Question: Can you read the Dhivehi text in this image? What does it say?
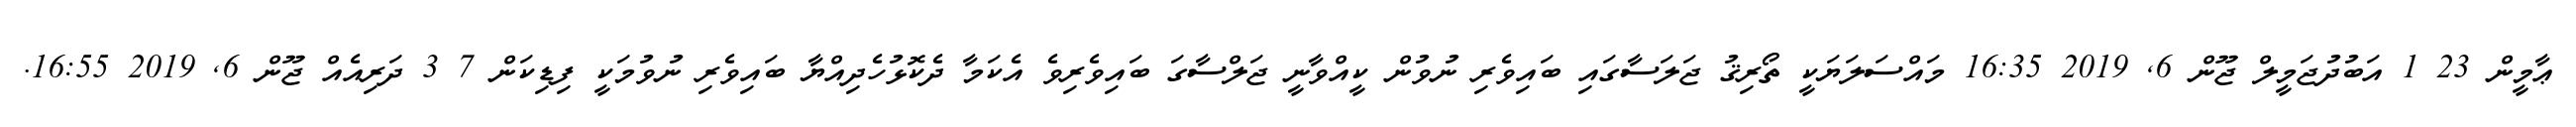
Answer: ޢާމީން 23 1 އަބުދުޖަމީލް ޖޫން 6, 2019 16:35 މައްސަލަޔަކީ ތޯރިޤު ޖަލަސާގައި ބައިވެރި ނުވުން ކީއްވާނީ ޖަލްސާގަ ބައިވެރިވެ އެކަމާ ދެކޮޅުހެދިއްޔާ ބައިވެރި ނުވުމަކީ ފިޑިކަން 7 3 ދަރިއެއް ޖޫން 6, 2019 16:55.